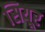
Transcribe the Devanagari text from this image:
सियूर